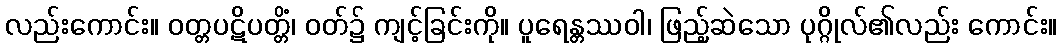
လည်းကောင်း။ ဝတ္တပဋိပတ္တိံ၊ ဝတ်၌ ကျင့်ခြင်းကို။ ပူရေန္တဿဝါ၊ ဖြည့်ဆဲသော ပုဂ္ဂိုလ်၏လည်း ကောင်း။